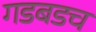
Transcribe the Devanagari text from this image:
गडबडच